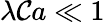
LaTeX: \lambda\mathcal{C}a\ll1